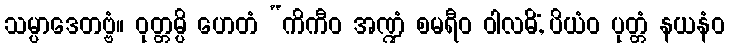
သမ္ပာဒေတဗ္ဗံ။ ဝုတ္တမ္ပိ ဟေတံ “ကိကီဝ အဏ္ဍံ စမရီဝ ဝါလဓိံ, ပိယံဝ ပုတ္တံ နယနံဝ